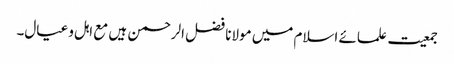
جمعیت علمائے اسلام میں مولانا فضل الرحمن ہیں مع اہل و عیال۔